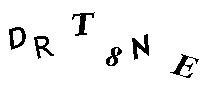
DRT8NE